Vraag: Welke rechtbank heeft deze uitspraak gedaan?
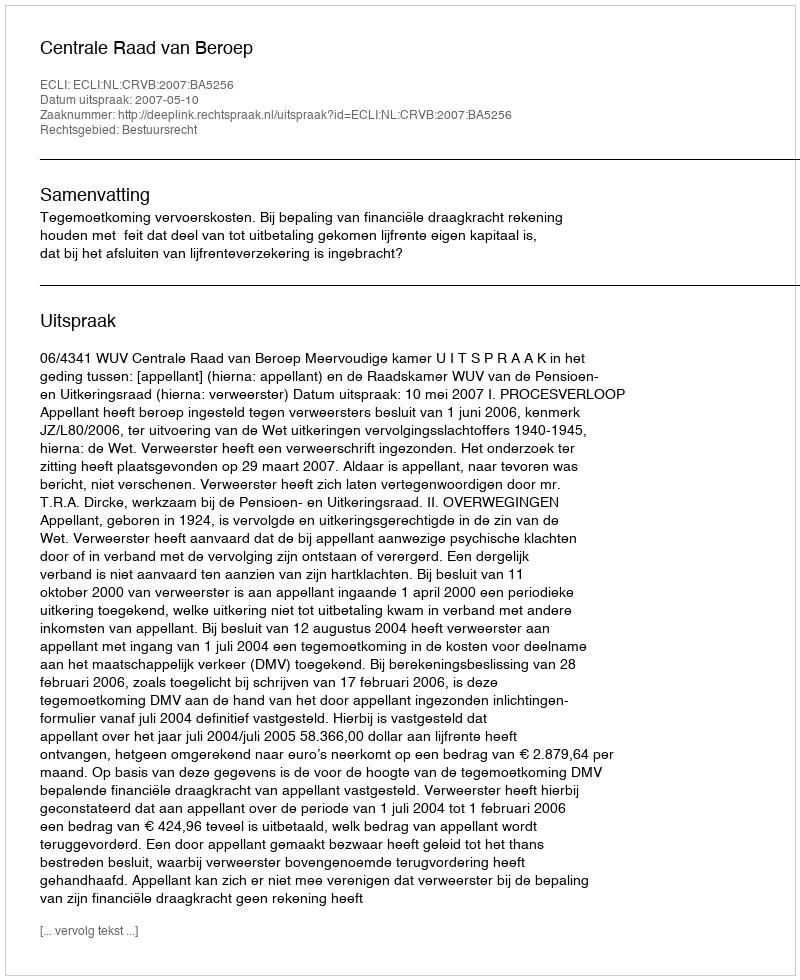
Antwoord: Centrale Raad van Beroep